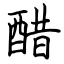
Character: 醋